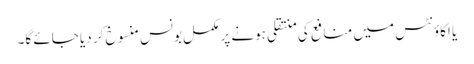
یا اکاؤنٹس میں منافع کی منتقلی ہونے پر مکمل بونس منسوخ کر دیا جائے گا۔